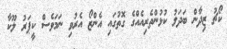
ކޯޗު ޒިދާން ބަދަލު ކުޅުންތެރިއެއްގެ ގޮތުގައި އެންޒޯ އެރުވި ނަމަވެސް ކީޕަރު ލޫކާ